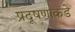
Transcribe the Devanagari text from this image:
प्रदूषणाकडे